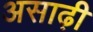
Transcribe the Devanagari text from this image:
असाढ़ी